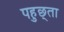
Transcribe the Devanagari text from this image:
पहुछ्ता